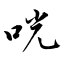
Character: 咣